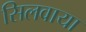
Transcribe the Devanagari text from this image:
सिलवाया